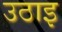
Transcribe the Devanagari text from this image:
उठाइ